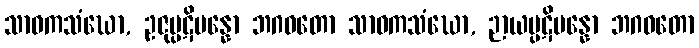
သာဝကသံဃော, ဥဇုပ္ပဋိပန္နော ဘဂဝတော သာဝကသံဃော, ဉာယပ္ပဋိပန္နော ဘဂဝတော